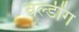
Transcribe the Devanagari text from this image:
वेल्डींग